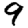
Digit: 9